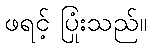
ဖရင့် ပြုံးသည်။